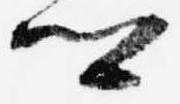
卿